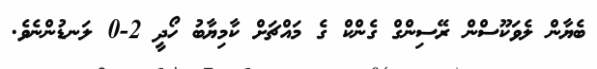
ބެޔާން ލެވަކޫސްން ރޭސިންގް ގެންކް ގެ މައްޗަށް ކާމިޔާބު ހޯދީ 2-0 ލަނޑުންނެވެ.